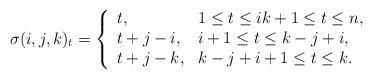
LaTeX: \begin{align*}\sigma(i,j,k)_t =\left\{\begin{array}{ll}t, & 1\leq t\leq ik+1\leq t\leq n,\\t+j-i, & i+1\leq t\leq k-j+i,\\t+j-k, & k-j+i+1\leq t\leq k.\end{array}\right.\end{align*}